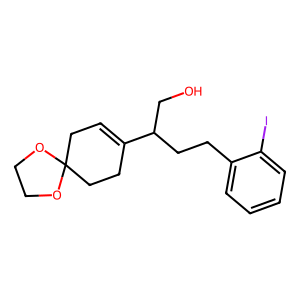
SMILES: OCC(CCc1ccccc1I)C1=CCC2(CC1)OCCO2
Inhibits HIV replication: No